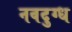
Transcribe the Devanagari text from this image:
नवदुग्ध